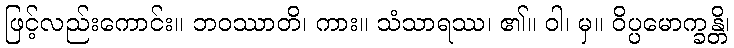
ဖြင့်လည်းကောင်း။ ဘဝဿာတိ၊ ကား။ သံသာရဿ၊ ၏။ ဝါ၊ မှ။ ဝိပ္ပမောက္ခန္တိ၊